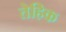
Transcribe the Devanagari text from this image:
तेहिक